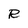
Character: R